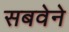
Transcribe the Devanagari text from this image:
सबवेने